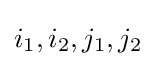
i_{1},i_{2},j_{1},j_{2}